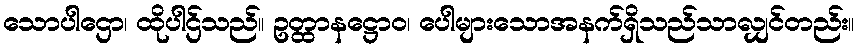
သောပါဌော၊ ထိုပါဌ်သည်။ ဥတ္ထာနဋ္ဌောဝ၊ ပေါများသောအနက်ရှိသည်သာလျှင်တည်း။